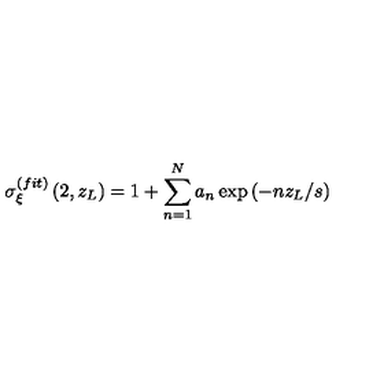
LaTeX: \sigma _ { \xi } ^ { ( f i t ) } \left( 2 , z _ { L } \right) = 1 + \sum _ { n = 1 } ^ { N } a _ { n } \exp \left( - n z _ { L } / s \right)